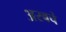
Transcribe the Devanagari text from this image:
अरबचे